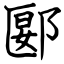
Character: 郾